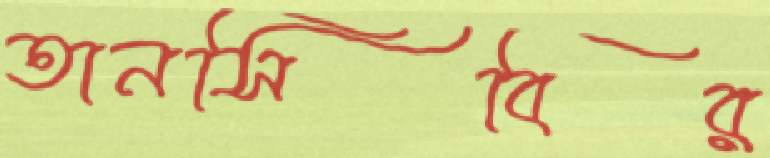
তানসিবির